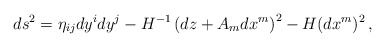
\begin{align*}ds^{2}= \eta_{ij}dy^{i}dy^{j} -H^{-1}\left(dz +{A}_{m} dx^{m}\right)^{2} -H (dx^{m})^2\, ,\end{align*}